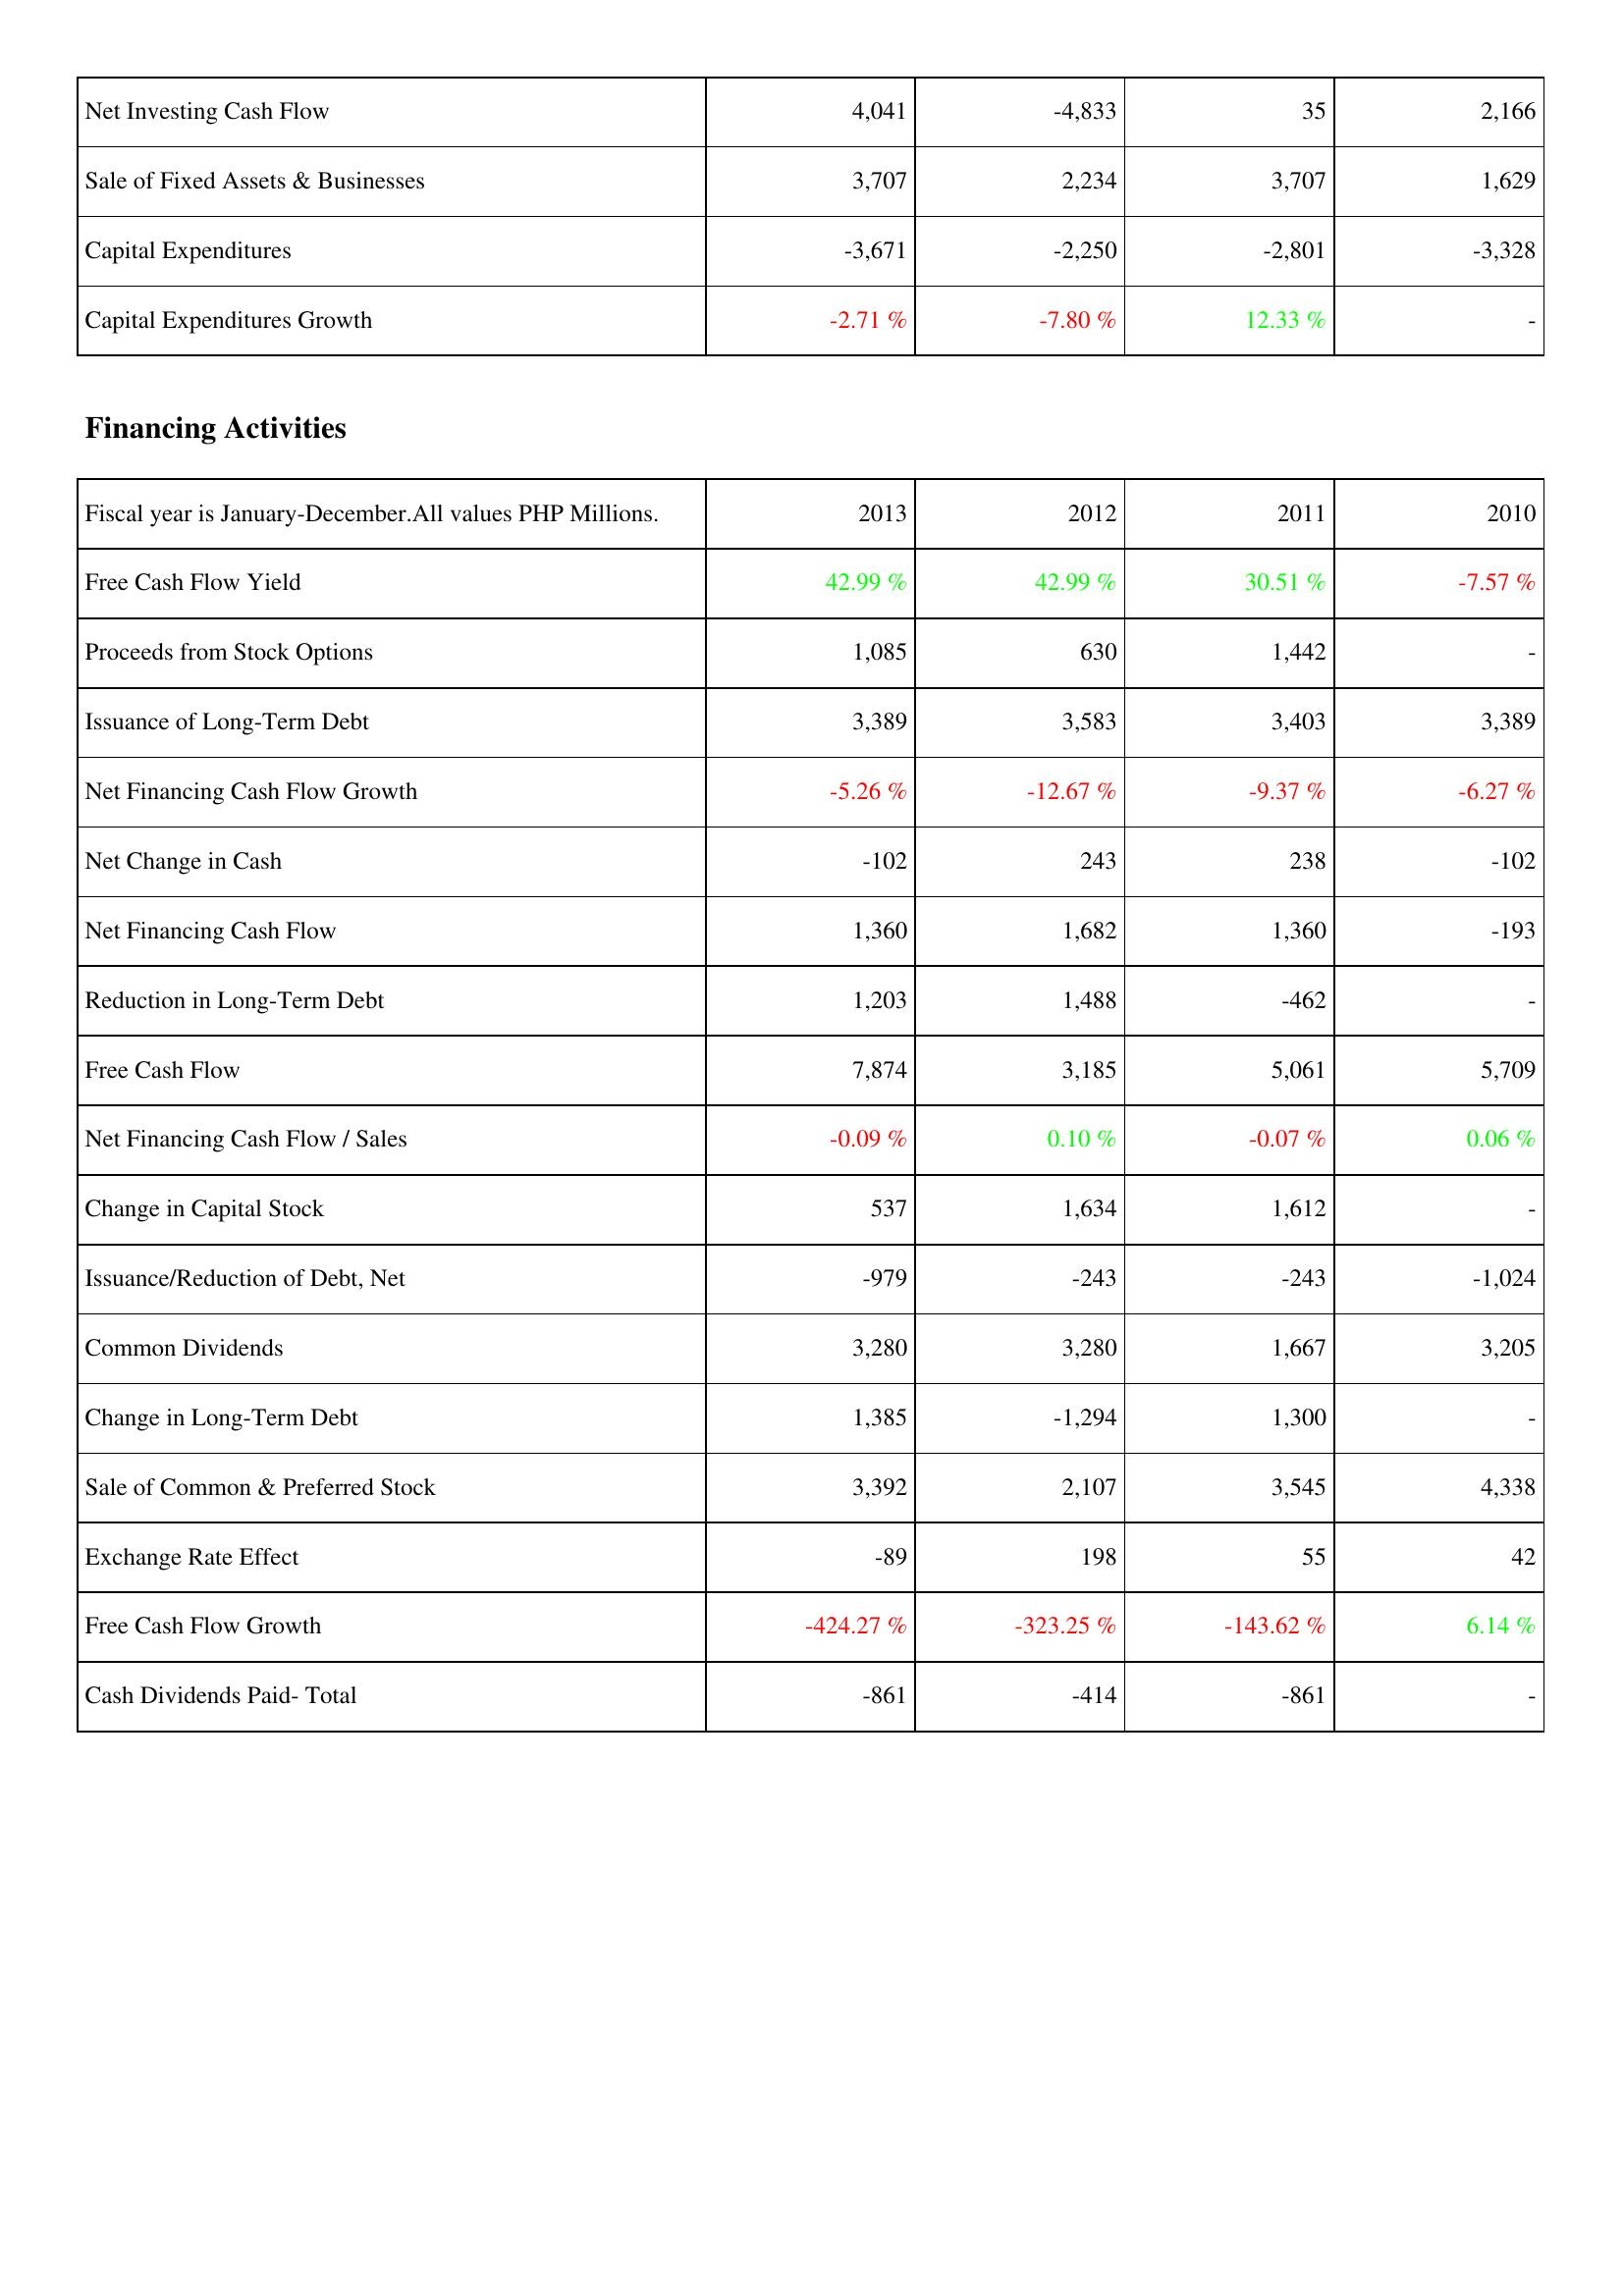
2013: Investing Activities: Net Investing Cash Flow: 4,041
Sale of Fixed Assets & Businesses: 3,707
Capital Expenditures: -3,671
Capital Expenditures Growth: -2.71 %
Financing Activities: Free Cash Flow Yield: 42.99 %
Proceeds from Stock Options: 1,085
Issuance of Long-Term Debt: 3,389
Net Financing Cash Flow Growth: -5.26 %
Net Change in Cash: -102
Net Financing Cash Flow: 1,360
Reduction in Long-Term Debt: 1,203
Free Cash Flow: 7,874
Net Financing Cash Flow / Sales: -0.09 %
Change in Capital Stock: 537
Issuance/Reduction of Debt, Net: -979
Common Dividends: 3,280
Change in Long-Term Debt: 1,385
Sale of Common & Preferred Stock: 3,392
Exchange Rate Effect: -89
Free Cash Flow Growth: -424.27 %
Cash Dividends Paid- Total: -861
2012: Investing Activities: Net Investing Cash Flow: -4,833
Sale of Fixed Assets & Businesses: 2,234
Capital Expenditures: -2,250
Capital Expenditures Growth: -7.80 %
Financing Activities: Free Cash Flow Yield: 42.99 %
Proceeds from Stock Options: 630
Issuance of Long-Term Debt: 3,583
Net Financing Cash Flow Growth: -12.67 %
Net Change in Cash: 243
Net Financing Cash Flow: 1,682
Reduction in Long-Term Debt: 1,488
Free Cash Flow: 3,185
Net Financing Cash Flow / Sales: 0.10 %
Change in Capital Stock: 1,634
Issuance/Reduction of Debt, Net: -243
Common Dividends: 3,280
Change in Long-Term Debt: -1,294
Sale of Common & Preferred Stock: 2,107
Exchange Rate Effect: 198
Free Cash Flow Growth: -323.25 %
Cash Dividends Paid- Total: -414
2011: Investing Activities: Net Investing Cash Flow: 35
Sale of Fixed Assets & Businesses: 3,707
Capital Expenditures: -2,801
Capital Expenditures Growth: 12.33 %
Financing Activities: Free Cash Flow Yield: 30.51 %
Proceeds from Stock Options: 1,442
Issuance of Long-Term Debt: 3,403
Net Financing Cash Flow Growth: -9.37 %
Net Change in Cash: 238
Net Financing Cash Flow: 1,360
Reduction in Long-Term Debt: -462
Free Cash Flow: 5,061
Net Financing Cash Flow / Sales: -0.07 %
Change in Capital Stock: 1,612
Issuance/Reduction of Debt, Net: -243
Common Dividends: 1,667
Change in Long-Term Debt: 1,300
Sale of Common & Preferred Stock: 3,545
Exchange Rate Effect: 55
Free Cash Flow Growth: -143.62 %
Cash Dividends Paid- Total: -861
2010: Investing Activities: Net Investing Cash Flow: 2,166
Sale of Fixed Assets & Businesses: 1,629
Capital Expenditures: -3,328
Capital Expenditures Growth: -
Financing Activities: Free Cash Flow Yield: -7.57 %
Proceeds from Stock Options: -
Issuance of Long-Term Debt: 3,389
Net Financing Cash Flow Growth: -6.27 %
Net Change in Cash: -102
Net Financing Cash Flow: -193
Reduction in Long-Term Debt: -
Free Cash Flow: 5,709
Net Financing Cash Flow / Sales: 0.06 %
Change in Capital Stock: -
Issuance/Reduction of Debt, Net: -1,024
Common Dividends: 3,205
Change in Long-Term Debt: -
Sale of Common & Preferred Stock: 4,338
Exchange Rate Effect: 42
Free Cash Flow Growth: 6.14 %
Cash Dividends Paid- Total: -